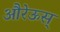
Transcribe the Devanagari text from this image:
औरेऊस्